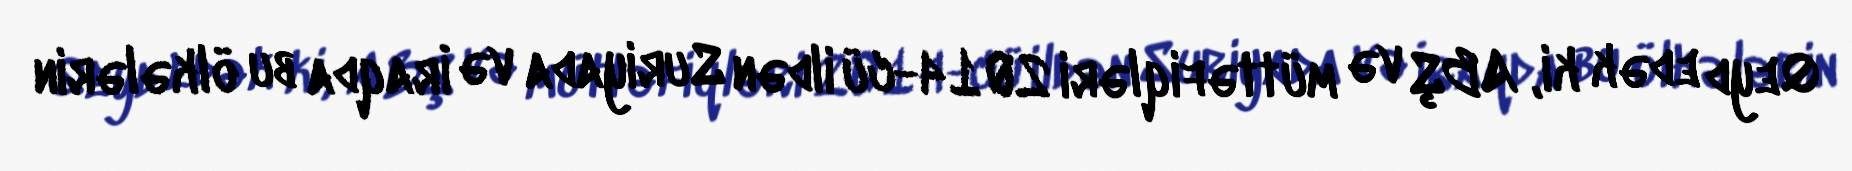
Qeyd edək ki, ABŞ və müttəfiqləri 2014-cü ildən Suriyada və İraqda bu ölkələrin